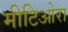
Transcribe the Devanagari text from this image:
मीटिओरा